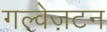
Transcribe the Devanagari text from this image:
गल्वेज़टन